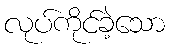
လုပ်ကိုင်ခဲ့သော